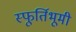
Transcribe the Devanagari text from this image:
स्फूर्तिभूमी